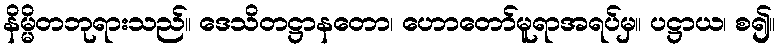
နိမ္မိတဘုရားသည်။ ဒေသိတဋ္ဌာနတော၊ ဟောတော်မူရာအရပ်မှ။ ပဋ္ဌာယ၊ စ၍။